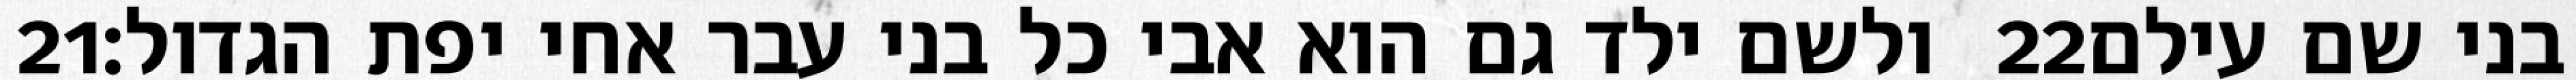
‎21‏ ולשם ילד גם הוא אבי כל בני עבר אחי יפת הגדול׃ ‎22‏ בני שם עילם